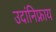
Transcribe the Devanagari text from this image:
उदांनिफ्राय